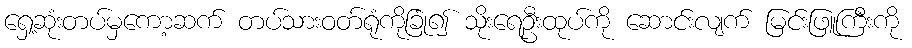
ရှေ့ဆုံးတပ်မှကော့ဆက် တပ်သားဝတ်ရုံကိုခြုံ၍ သိုးရေဦးထုပ်ကို ဆောင်းလျက် မြင်းဖြူကြီးကို